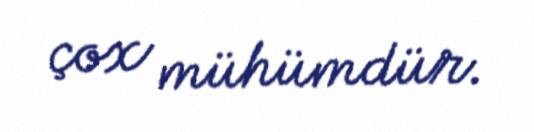
çox mühümdür.